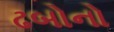
ઢબોનો